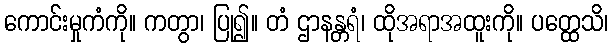
ကောင်းမှုကံကို။ ကတွာ၊ ပြု၍။ တံ ဌာနန္တရံ၊ ထိုအရာအထူးကို။ ပတ္ထေသိ၊